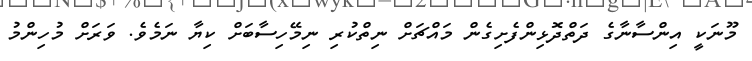
މޫނަކީ އިންސާނާގެ ދަތްދޮޅިންފެށިގެން މައްޗަށް ނިތްކުރި ނިމޭހިސާބަށް ކިޔާ ނަމެވެ. ވަރަށް މުހިންމު